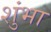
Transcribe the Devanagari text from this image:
शुंभा